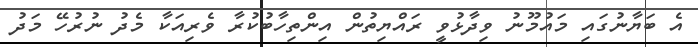
އެ ބަޔާނުގައި މައުމޫނު ވިދާޅުވީ ރައްޔިތުން އިންތިހާބުކުރާ ވެރިއަކާ މެދު ނުރުހޭ މަދު